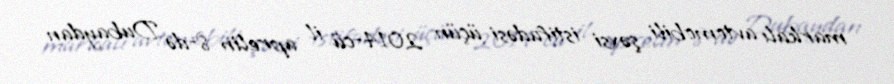
markalı avtomobili şəxsi istifadəsi üçün 2014-cü il aprelin 8-də Dubaydan